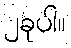
၂ခုပါ။